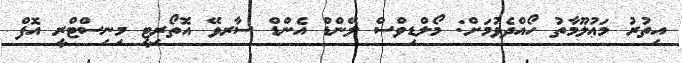
އިތުރު މަޢުލޫމާތު ހޯއްދެވުމަށް: މޯލްޑިވްސް ލޭންޑް އެންޑް ސާރވޭ އޮތޯރިޓީ މިނިސްޓްރީ އޮފް